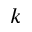
k